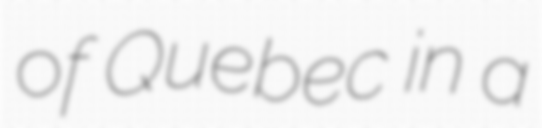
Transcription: of Quebec in a